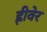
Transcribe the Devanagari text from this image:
ह्रीवेर